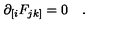
\partial _ { [ i } F _ { j k ] } = 0 \quad .